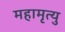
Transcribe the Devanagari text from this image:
महामृत्यु